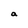
Character: a